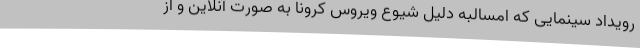
رویداد سینمایی که امسالبه دلیل شیوع ویروس کرونا به صورت آنلاین و از